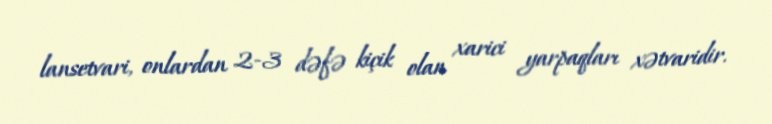
lansetvari, onlardan 2-3 dəfə kiçik olan xarici yarpaqları xətvaridir.